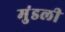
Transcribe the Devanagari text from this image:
मुंडली